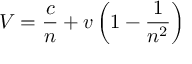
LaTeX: V = { \frac { c } { n } } + v \left( 1 - { \frac { 1 } { n ^ { 2 } } } \right)